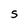
Character: S